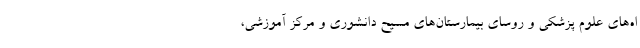
اه‌های علوم پزشکی و روسای بیمارستان‌های مسیح دانشوری و مرکز آموزشی،